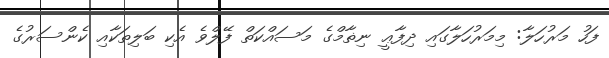
ފަހު މަރުހަލާ: މިމަރުހަލާގައި ދިފާޢީ ނިޡާމްގެ މަސައްކަތް ފޭލްވެ އެކި ބަލިތަކާއި ކެންސަރުގެ